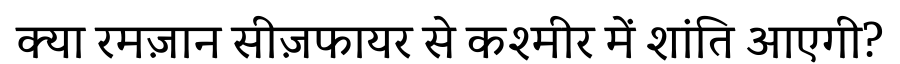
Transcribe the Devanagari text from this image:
क्या रमज़ान सीज़फायर से कश्मीर में शांति आएगी?